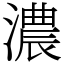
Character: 濃